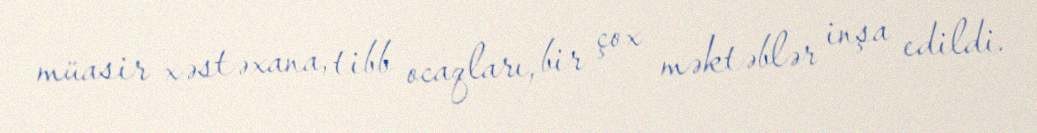
müasir xəstəxana, tibb ocaqları, bir çox məktəblər inşa edildi.